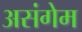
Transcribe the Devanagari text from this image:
असंगेम